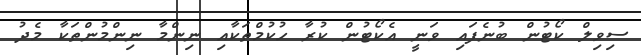
ސިވިލް ކޯޓުން ބުނެފައި ވަނީ އެކޯޓުން ކުރާ ހުކުމްތަކާއި ނިންމާ ނިންމުންތަކާ މެދު